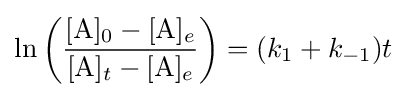
\ln \left({\frac {{\ce {[A]0}}-[{\ce {A}}]_{e}}{[{\ce {A}}]_{t}-[{\ce {A}}]_{e}}}\right)=(k_{1}+k_{-1})t